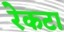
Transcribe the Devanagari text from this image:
रेकटा